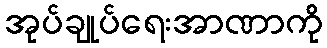
အုပ်ချုပ်ရေးအာဏာကို